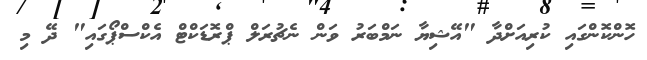
ހޮންކޮންގައި ކުރިއަށްދާ "އޭޝިޔާ ނަމްބަރު ވަން ނެޗުރަލް ޕްރޮޑަކްޓް އެކްސްޕޯގައި" ދޭ މި